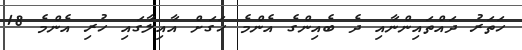
ހަތަރު ދައްތައިންނާއި ދެ ބެއިންގެ އެންމެ ހަގަށް އާއިލާގައި ހުރި އެންމެ 18